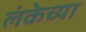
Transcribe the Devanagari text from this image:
लंकेच्या